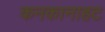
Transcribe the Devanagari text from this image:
कनकानाहट